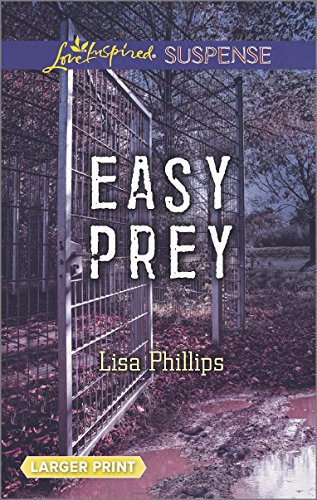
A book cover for Easy Prey (Love Inspired Large Print Suspense); Lisa Phillips; Romance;